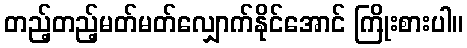
တည့်တည့်မတ်မတ်လျှောက်နိုင်အောင် ကြိုးစားပါ။